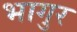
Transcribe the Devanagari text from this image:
भागुर